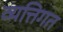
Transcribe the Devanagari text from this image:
व्यत्तिगत